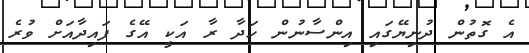
އެ ގޮތުން ދުނިޔޭގައި އިންސާނުން ހަދާ ރާ އަކީ އޭގެ ފައިދާއަށް ވުރެ